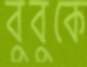
বুবুকে